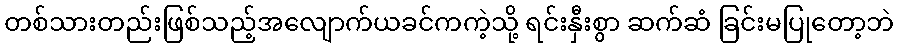
တစ်သားတည်းဖြစ်သည့်အလျောက်ယခင်ကကဲ့သို့ ရင်းနှီးစွာ ဆက်ဆံ ခြင်းမပြုတော့ဘဲ